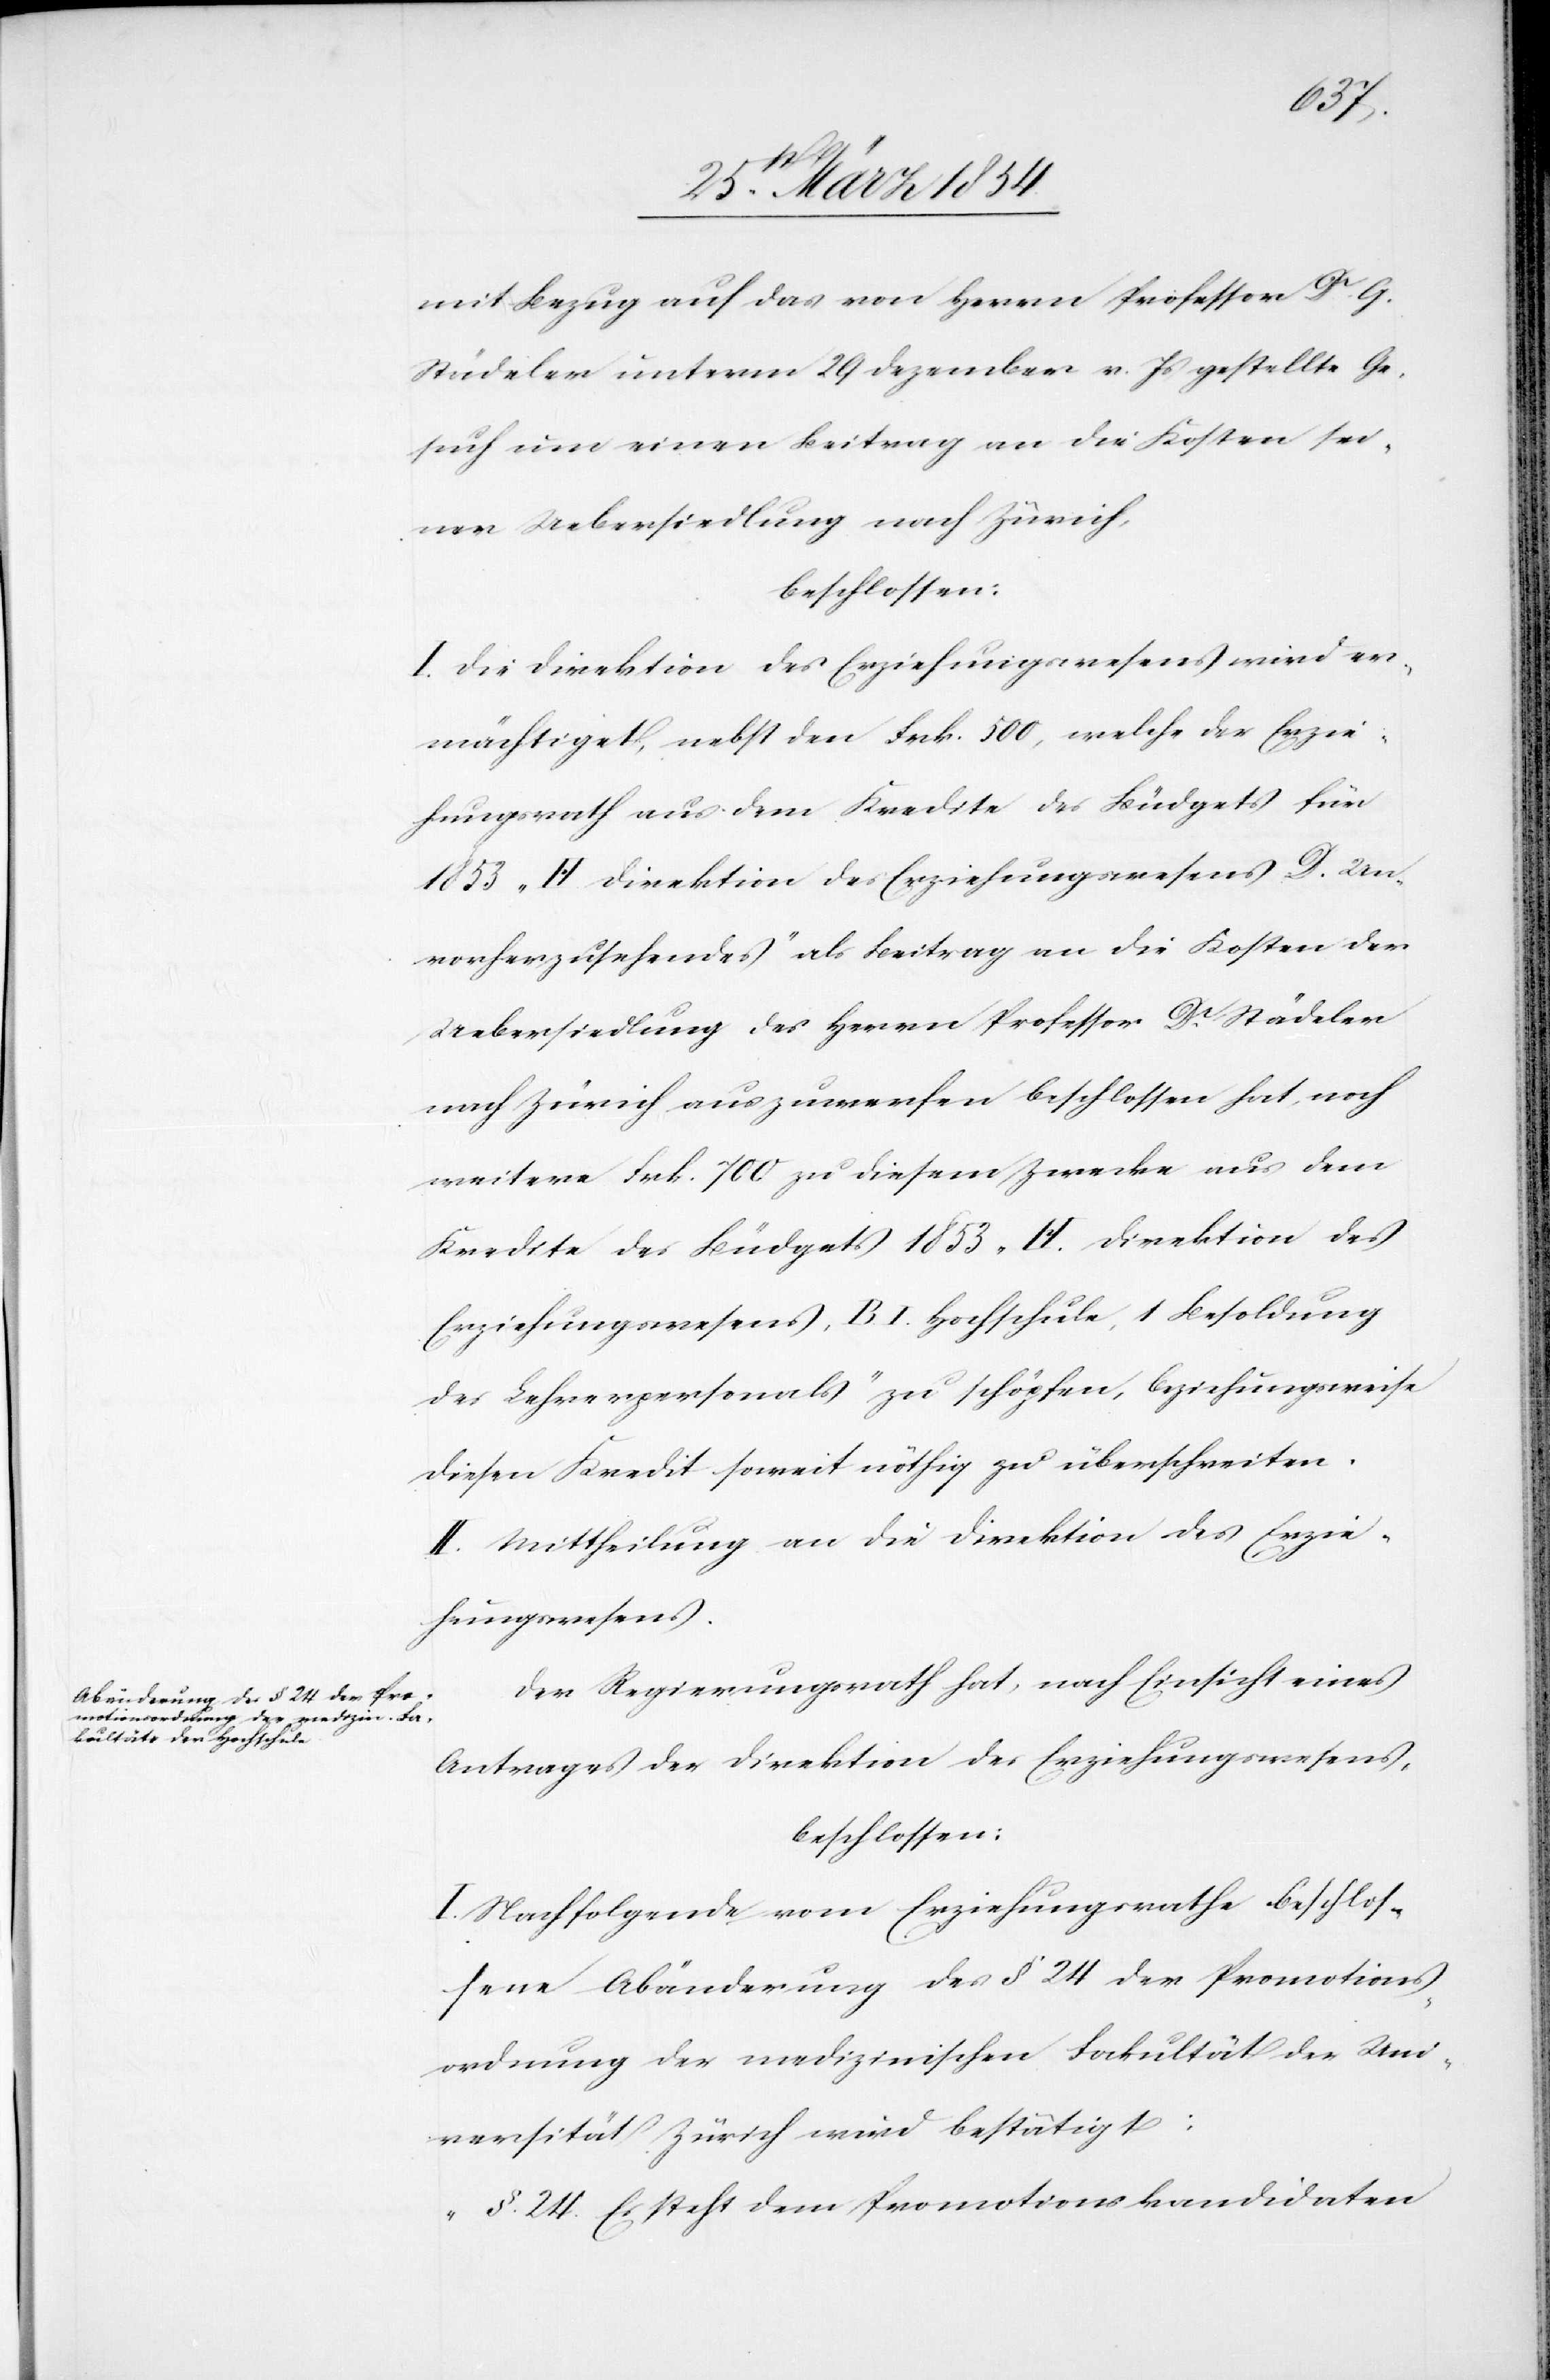
mit Bezug auf das von Herrn Professor Dr G.
Städeler unterm 29 Dezember v. Js gestellte Ge¬
such um einen Staatsbeitrag an die Kosten sei¬
ner Uebersiedlung nach Zürich,
beschlossen:
I. Die Direktion des Erziehungswesens wird er¬
mächtiget, nebst den Frk. 500, welche der Erzie¬
hungsrath aus dem Kredite des Büdgets für
1853 „H. Direktion des Erziehungswesens D. Un¬
vorherzusehendes“ als Beitrag an die Kosten der
Uebersiedlung des Herrn Professor Dr Städeler
nach Zürich auszuwerfen beschlossen hat, noch
weitere Frk. 700 zu diesem Zwecke aus dem
Kredite des Büdgets 1853 „H. Direktion des
Erziehungswesens, B.I. Hochschule, 1 Besoldung
des Lehrerpersonals“ zu schöpfen, beziehungsweise
diesen Kredit soweit nöthig zu überschreiten.
II. Mittheilung an die Direktion des Erzie¬
hungswesens.
Der Regierungsrath hat, nach Einsicht eines
Antrages der Direktion des Erziehungswesens,
beschlossen:
I. Nachfolgende vom Erziehungsrathe beschlos¬
sene Abänderung des § 24 der Promotions¬
ordnung der medizinischen Fakultät der Uni¬
versität Zürich wird bestätigt:
„§. 24. Es steht dem Promotionskandidaten